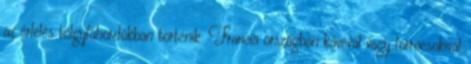
az érlelés tölgyfahordókban történik. Francia országban kávéval vagy forrócsokival